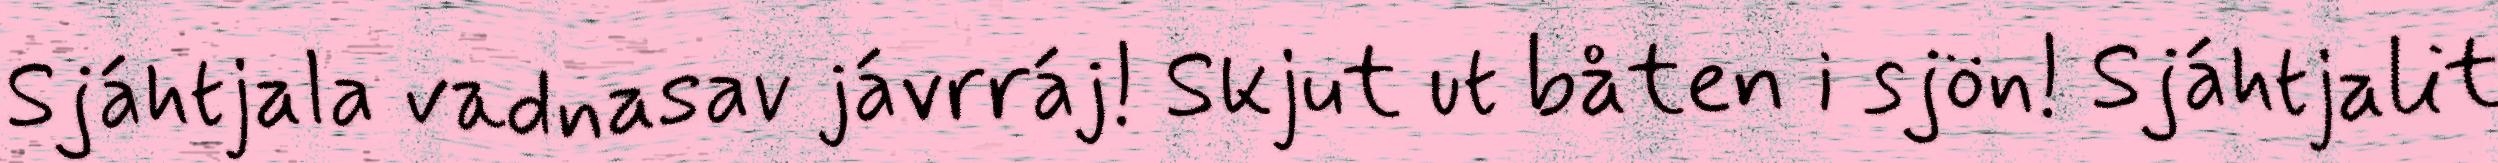
Sjáhtjala vadnasav jávrráj! Skjut ut båten i sjön! Sjáhtjalit